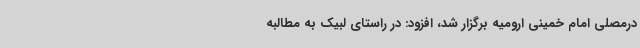
درمصلی امام خمینی ارومیه برگزار شد، افزود: در راستای لبیک به مطالبه